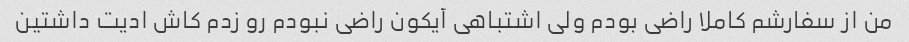
من از سفارشم کاملا راضی بودم ولی اشتباهی آیکون راضی نبودم رو زدم کاش ادیت داشتین